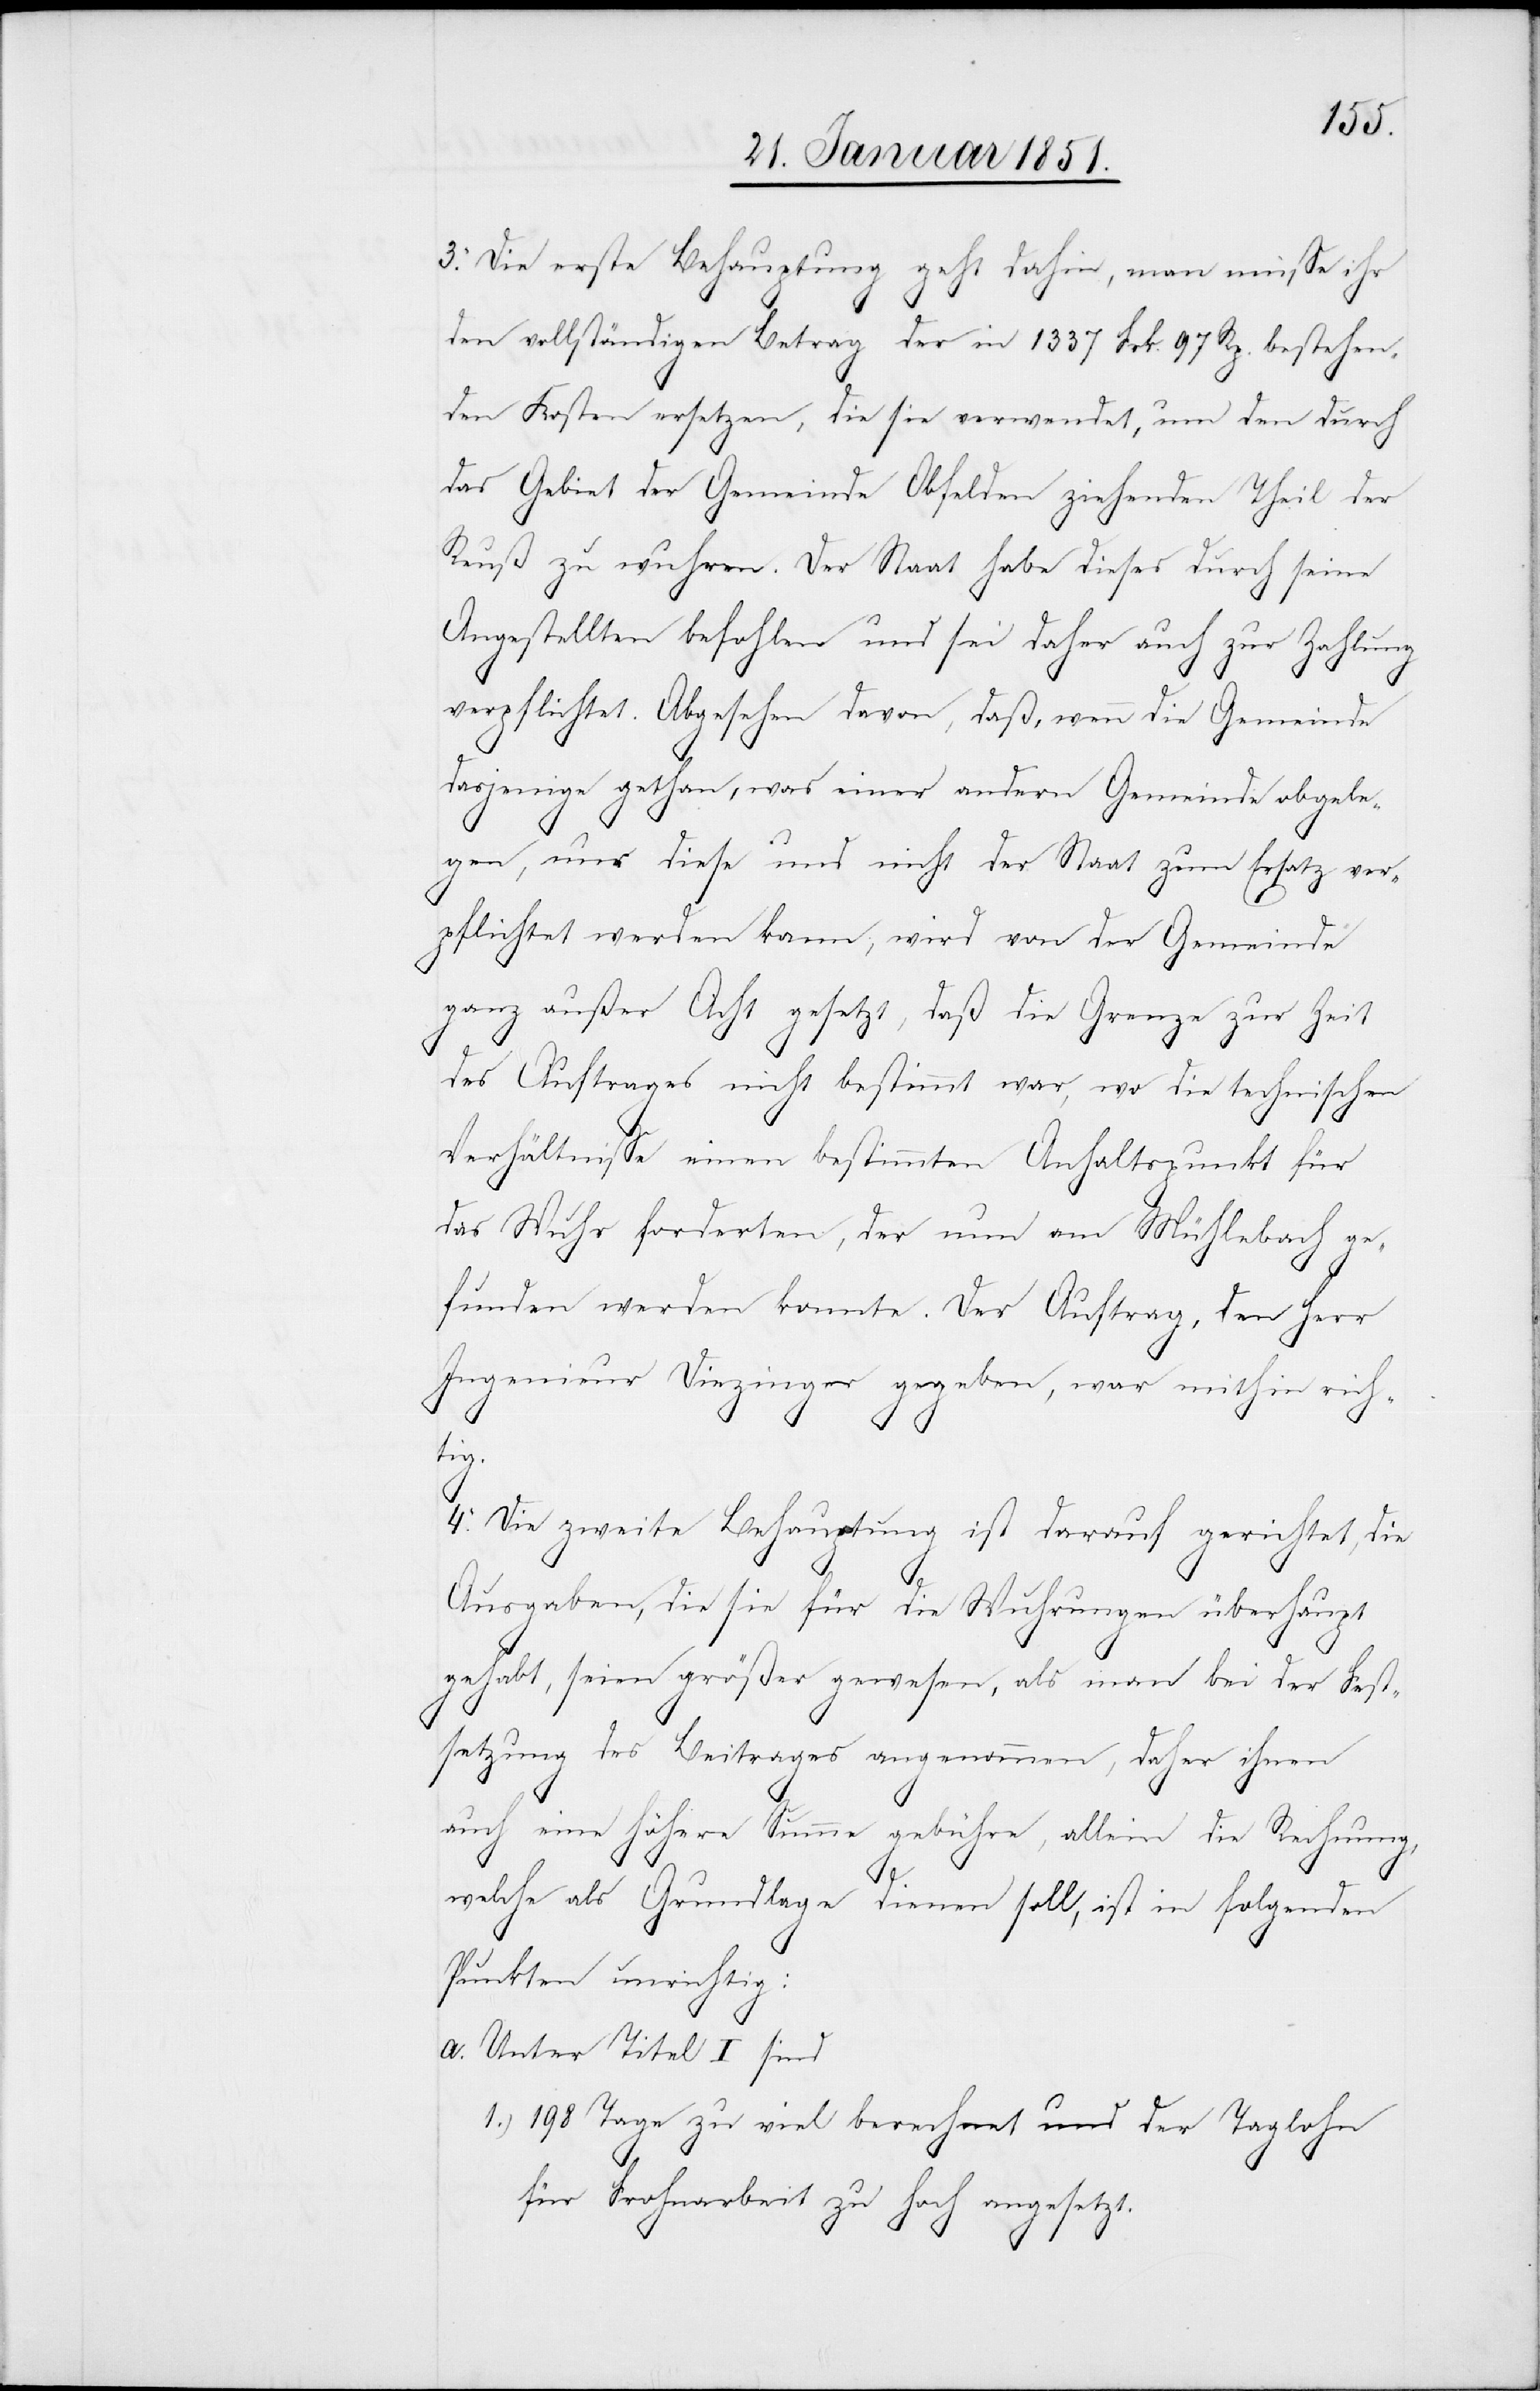
3. Die erste Behauptung geht dahin, man müsse ihr
1.)
den vollständigen Betrag der in 1337 Frk. 97 Rp. bestehen¬
den Kosten ersetzen, die sie verwendet, um den durch
das Gebiet der Gemeinde Obfelden ziehenden Theil der
Reuß zu wuhren. Der Staat habe dieses durch seine
Angestellten befohlen und sei daher auch zur Zahlung
verpflichtet. Abgesehen davon, daß, wenn die Gemeinde
dasjenige gethan, was einer andern Gemeinde obgele¬
gen, nur diese und nicht der Staat zum Ersatz ver¬
pflichtet werden kann, wird von der Gemeinde
ganz außer Acht gesetzt, daß die Grenze zur Zeit
des Auftrages nicht bestimmt war, wo die technischen
Verhältnisse einen bestimmten Anhaltspunkt für
das Wuhr forderten, der nun am Mühlebach ge¬
funden werden konnte. Der Auftrag, den Herr
Ingenieur Diezinger gegeben, war mithin rich¬
tig.
4. Die zweite Behauptung ist darauf gerichtet, die
Ausgaben, die sie für die Wuhrungen überhaupt
gehabt, seien größer gewesen, als man bei der Fest¬
setzung des Beitrages angenommen, daher ihnen
auch eine höhere Summe gebühre, allein die Rechnung,
welche als Grundlage dienen soll, ist in folgenden
Punkten unrichtig:
Unter Titel I sind
198 Tage zu viel berechnet und der Taglohn
für Frohnarbeit zu hoch angesetzt.